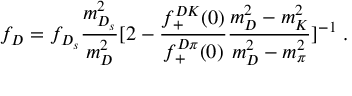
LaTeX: f _ { D } = f _ { D _ { s } } \frac { m _ { D _ { s } } ^ { 2 } } { m _ { D } ^ { 2 } } [ 2 - \frac { f _ { + } ^ { D K } ( 0 ) } { f _ { + } ^ { D \pi } ( 0 ) } \frac { m _ { D } ^ { 2 } - m _ { K } ^ { 2 } } { m _ { D } ^ { 2 } - m _ { \pi } ^ { 2 } } ] ^ { - 1 } \; .